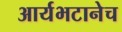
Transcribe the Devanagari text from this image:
आर्यभटानेच